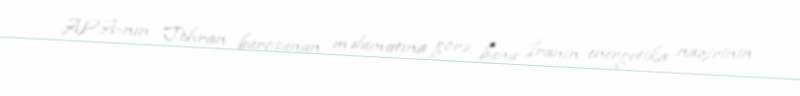
APA-nın Tehran bürosunun məlumatına görə, bunu İranın energetika nazirinin